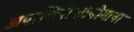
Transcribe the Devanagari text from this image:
अपाणिनीयप्रयोगानां